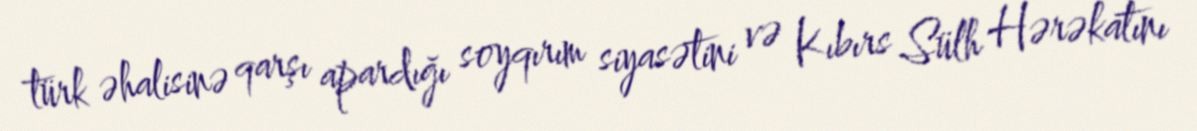
türk əhalisinə qarşı apardığı soyqırım siyasətini və Kıbırs Sülh Hərəkatını